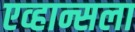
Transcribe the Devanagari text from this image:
एव्हान्सला